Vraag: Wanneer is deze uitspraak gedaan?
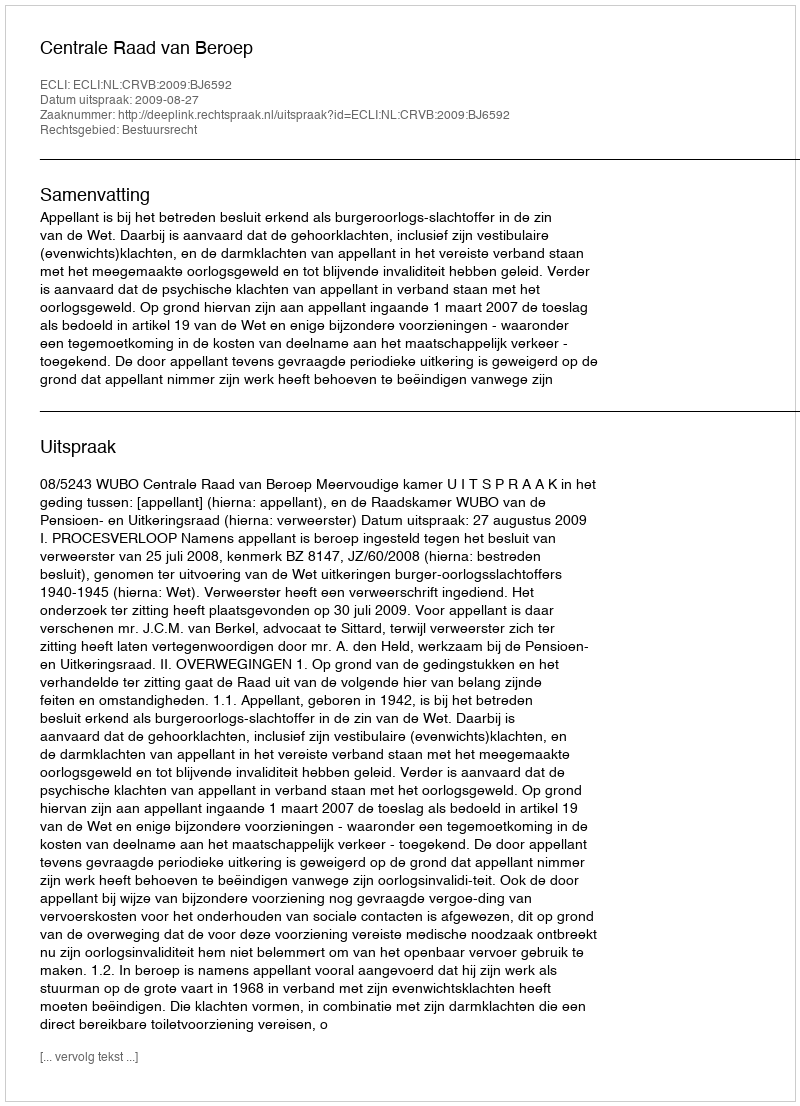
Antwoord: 2009-08-27